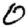
Digit: 0